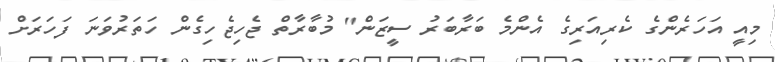
މިއީ އަހަރެންގެ ކެރިއަރިގެ އެންމެ ބަރާބަރު ސީޒަން" މުބާރާތް ޖެހިޖެހިގެން ހަތަރުވަނަ ފަހަރަށް